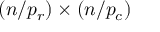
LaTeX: ( n / p _ { r } ) \times ( n / p _ { c } )